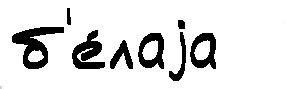
б'е́лаjа